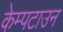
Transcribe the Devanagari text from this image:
केम्पटाउन